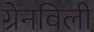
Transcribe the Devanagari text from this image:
ग्रेनविली